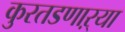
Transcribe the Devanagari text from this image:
कुरतडणाऱ्या